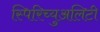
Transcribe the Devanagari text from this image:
स्पिरिच्युअलिटी